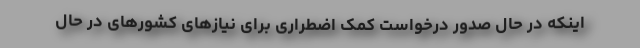
اینکه در حال صدور درخواست کمک اضطراری برای نیازهای کشورهای در حال